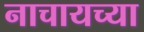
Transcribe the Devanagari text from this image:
नाचायच्या